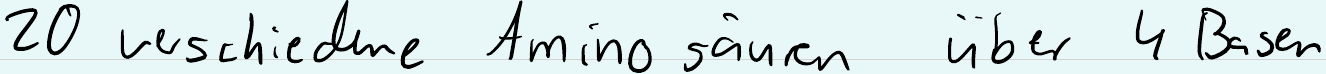
20 verschiedene Amino säuren über 4 Basen